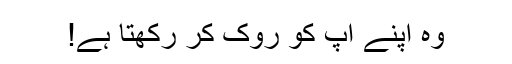
وہ اپنے آپ کو روک کر رکھتا ہے!